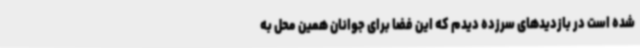
شده است در بازدیدهای سرزده دیدم که این فضا برای جوانان همین محل به